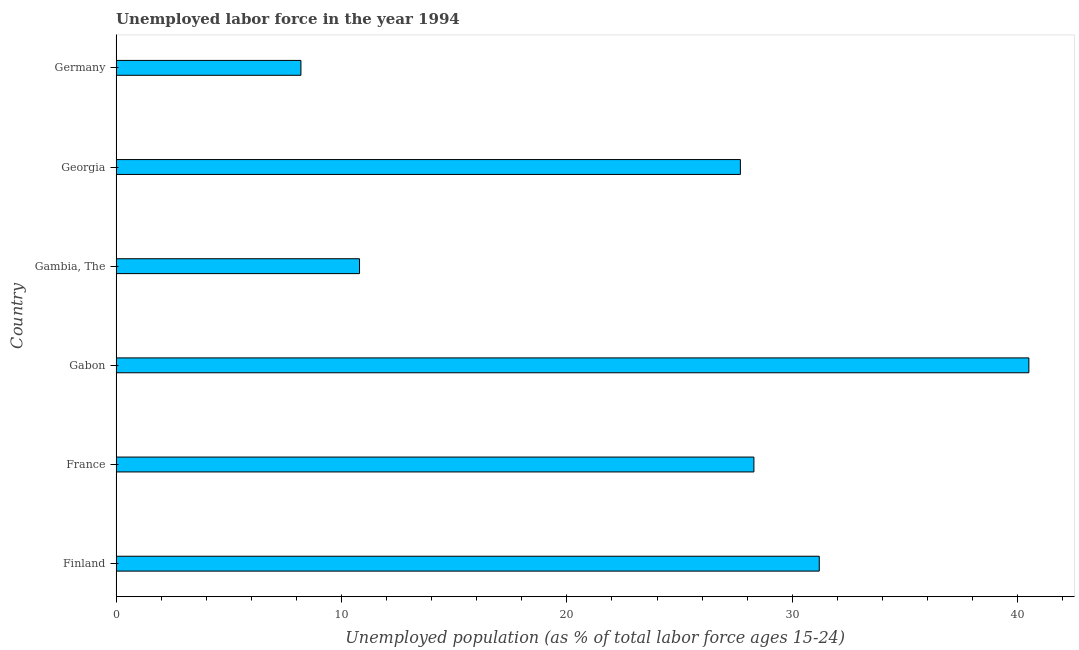
| Country | Unemployment |
 | --- | --- |
 | Finland | 31.2 |
 | France | 28.3 |
 | Gabon | 40.5 |
 | Gambia, The | 10.8 |
 | Georgia | 27.7 |
 | Germany | 8.2 |